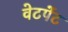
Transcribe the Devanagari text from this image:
वेटपेंट